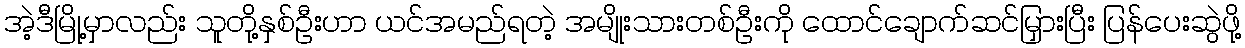
အဲ့ဒီမြို့မှာလည်း သူတို့နှစ်ဦးဟာ ယင်အမည်ရတဲ့ အမျိုးသားတစ်ဦးကို ထောင်ချောက်ဆင်မြှားပြီး ပြန်ပေးဆွဲဖို့